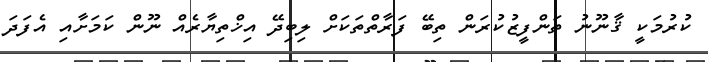
ކުރުމަކީ ޤާނޫނު ތަންފީޒުކުރަން ތިބޭ ފަރާތްތަކަށް ލިބިދޭ އިޚްތިޔާރެއް ނޫން ކަމަށާއި އެފަދަ